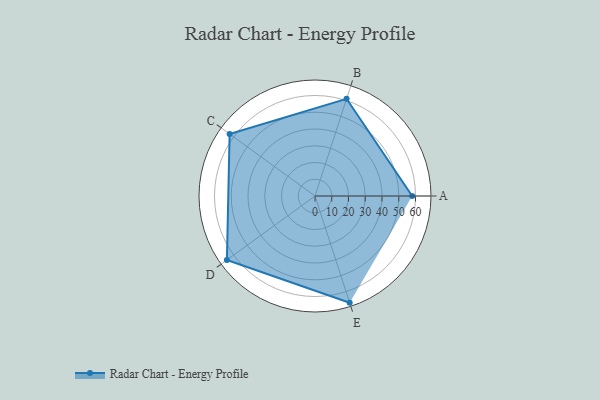
{"axis": {"x": "Skill", "y": "Score"}, "legend": ["Profile"], "data": [{"x": "A", "y": 58.0, "type": "Profile"}, {"x": "B", "y": 61.0, "type": "Profile"}, {"x": "C", "y": 63.0, "type": "Profile"}, {"x": "D", "y": 65.0, "type": "Profile"}, {"x": "E", "y": 67.0, "type": "Profile"}]}